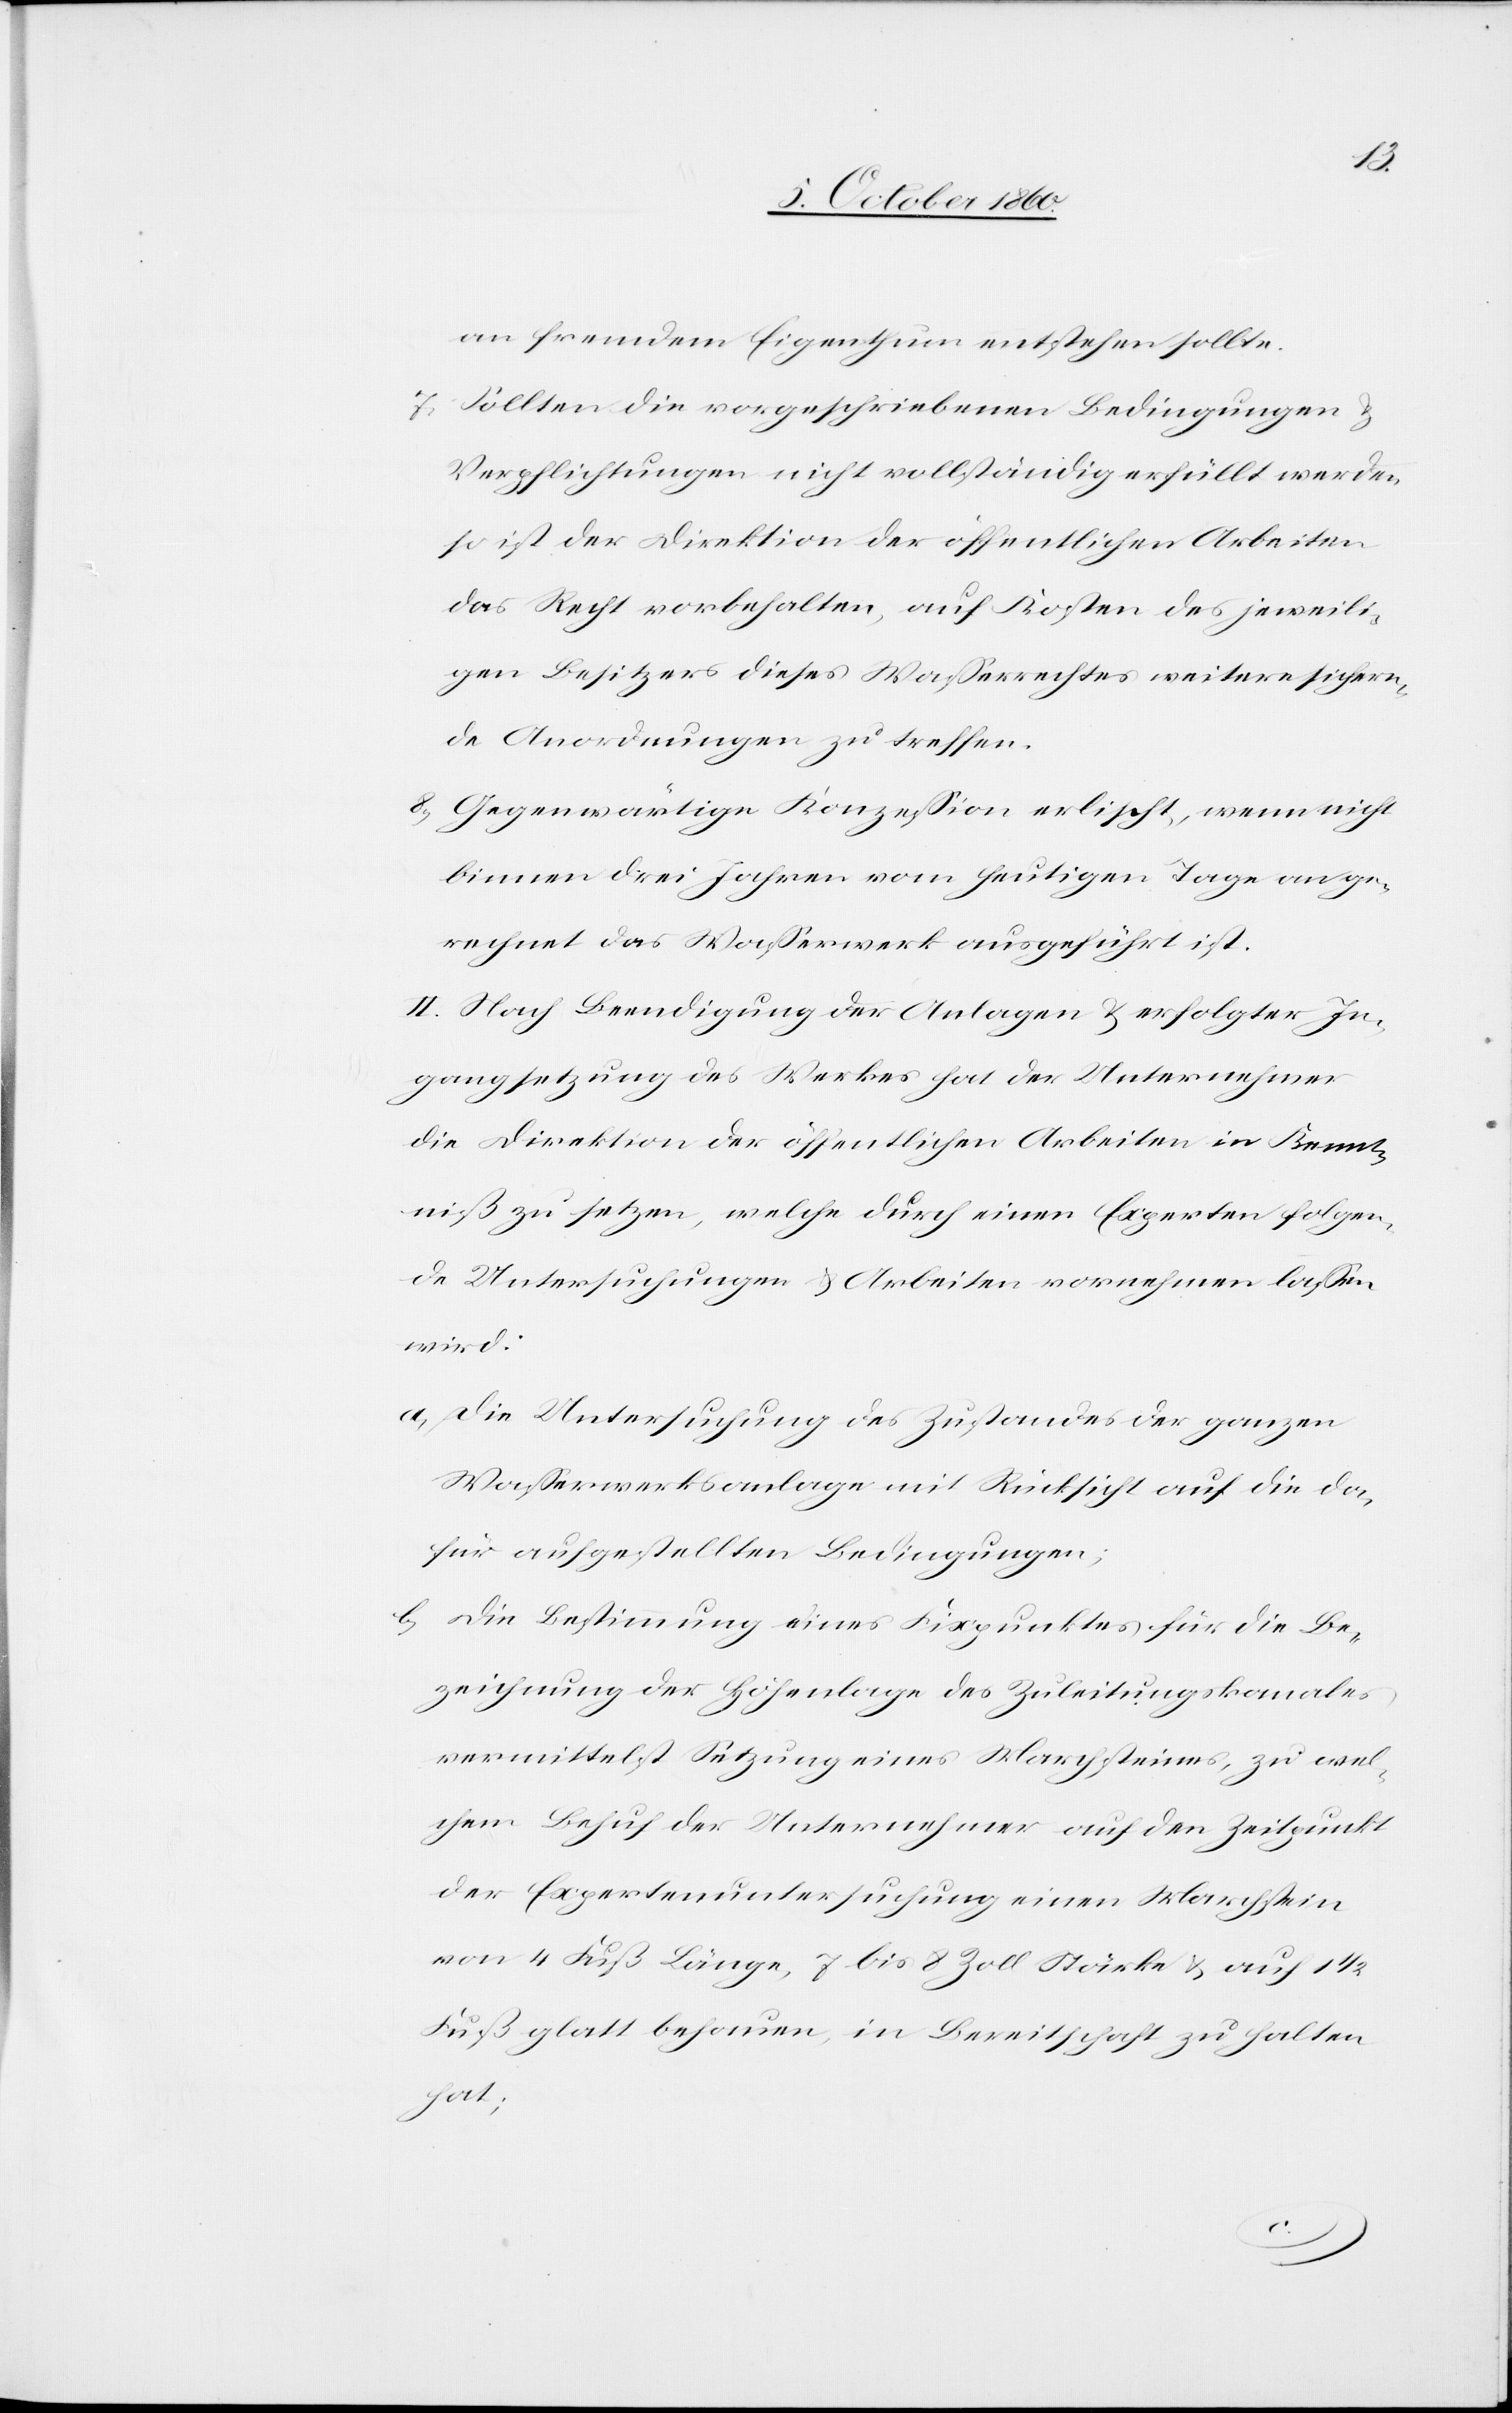
an fremdem Eigenthum entstehen sollte.
7) Sollten die vorgeschriebenen Bedingungen u.
Verpflichtungen nicht vollständig erfüllt werden,
so ist der Direktion der öffentlichen Arbeiten
das Recht vorbehalten, auf Kosten des jeweili¬
gen Besitzers dieses Wasserrechtes weitere sichern¬
de Anordnungen zu treffen.
8) Gegenwärtige Konzession erlischt, wenn nicht
binnen drei Jahren vom heutigen Tage an ge¬
rechnet das Wasserwerk ausgeführt ist.
II. Nach Beendigung der Anlagen u. erfolgter In¬
gangsetzung des Werkes hat der Unternehmer
die Direktion der öffentlichen Arbeiten in Kennt¬
niß zu setzen, welche durch einen Experten folgen¬
de Untersuchungen u. Arbeiten vornehmen lassen
wird:
a. Die Untersuchung des Zustande der ganzen
Wasserwerksanlage mit Rücksicht auf die da¬
für aufgestellten Bedingungen;
b. Die Bestimmung eines Fixpunktes für die Be¬
zeichnung der Höhenlage des Zuleitungskanales
vermittelst Setzung eines Marchsteines, zu wel¬
chem Behuf der Unternehmer auf den Zeitpunkt
der Expertenuntersuchung einen Marchstein
von 4 Fuß Länge, 7 bis 8 Zoll Stärke u. auf 1
Fuß glatt behauen, in Bereitschaft zu halten
hat;